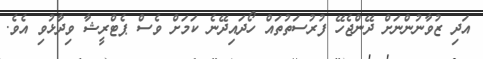
އަދި ޒުވާނުންނަށް ދޭންޖެހޭ ފުރުސަތުތައް ހޯދައިދޭނެ ކަމަށް ވެސް ޕެޓްރީޝާ ވިދާޅުވި އެވެ.